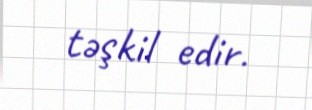
təşkil edir.